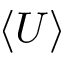
\langle U \rangle